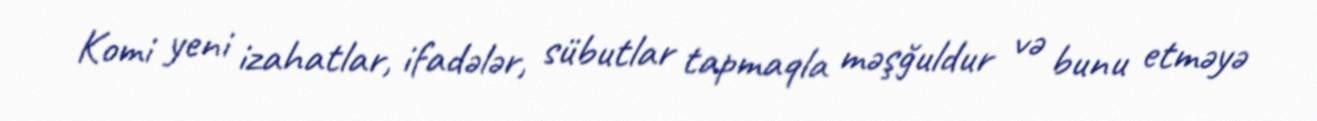
Komi yeni izahatlar, ifadələr, sübutlar tapmaqla məşğuldur və bunu etməyə